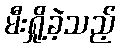
မီးရှို့ခဲ့သည့်